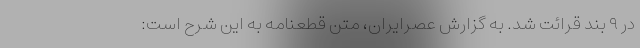
در ۹ بند قرائت شد. به گزارش عصرایران، متن قطعنامه به این شرح است: